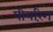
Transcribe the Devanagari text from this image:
पीयरिंग